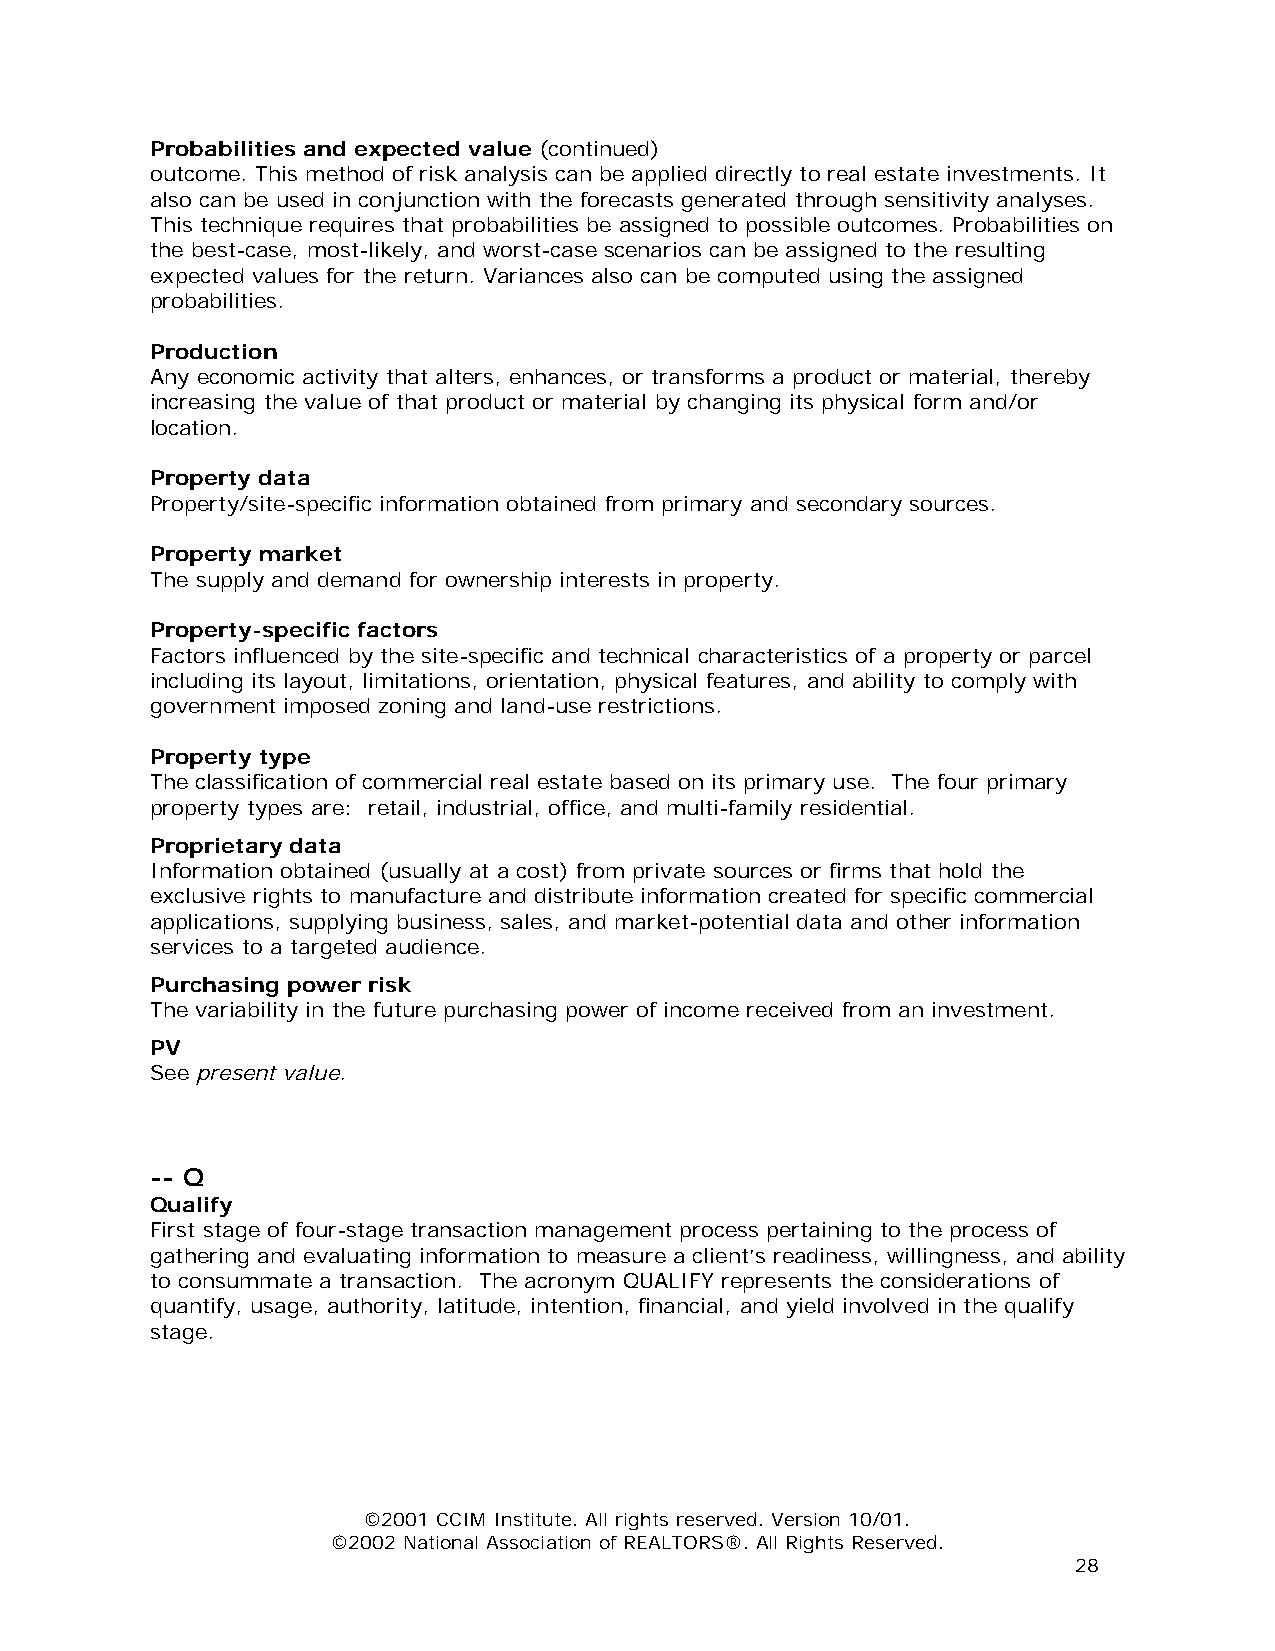
Probabilities and expected value (continued)
 outcome. This method of risk analysis can be applied directly to real estate investments. It
 also can be used in conjunction with the forecasts generated through sensitivity analyses.
 This technique requires that probabilities be assigned to possible outcomes. Probabilities on
 the best-case, most-likely, and worst-case scenarios can be assigned to the resulting
 expected values for the return. Variances also can be computed using the assigned
 probabilities.
 Production
 Any economic activity that alters, enhances, or transforms a product or material, thereby
 increasing the value of that product or material by changing its physical form and/or
 location.
 Property data
 Property/site-specific information obtained from primary and secondary sources.
 Property market
 The supply and demand for ownership interests in property.
 Property-specific factors
 Factors influenced by the site-specific and technical characteristics of a property or parcel
 including its layout, limitations, orientation, physical features, and ability to comply with
 government imposed zoning and land-use restrictions.
 Property type
 The classification of commercial real estate based on its primary use. The four primary
 property types are: retail, industrial, office, and multi-family residential.
 Proprietary data
 Information obtained (usually at a cost) from private sources or firms that hold the
 exclusive rights to manufacture and distribute information created for specific commercial
 applications, supplying business, sales, and market-potential data and other information
 services to a targeted audience.
 Purchasing power risk
 The variability in the future purchasing power of income received from an investment.
 PV
 See present value.
 -- Q
 Qualify
 First stage of four-stage transaction management process pertaining to the process of
 gathering and evaluating information to measure a client’s readiness, willingness, and ability
 to consummate a transaction. The acronym QUALIFY represents the considerations of
 quantify, usage, authority, latitude, intention, financial, and yield involved in the qualify
 stage.
 ©2001 CCIM Institute. All rights reserved. Version 10/01.
 ©2002 National Association of REALTORS®. All Rights Reserved.
 28